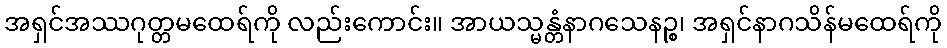
အရှင်အဿဂုတ္တမထေရ်ကို လည်းကောင်း။ အာယသ္မန္တံနာဂသေနဉ္စ၊ အရှင်နာဂသိန်မထေရ်ကို